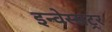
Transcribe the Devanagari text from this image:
इन्वेस्सट्रर